Vital statistics of India. Vol. IV, Annual returns from 1871 to 1876. British Army of India, Native Army and jails of Bengal
Year: 1871
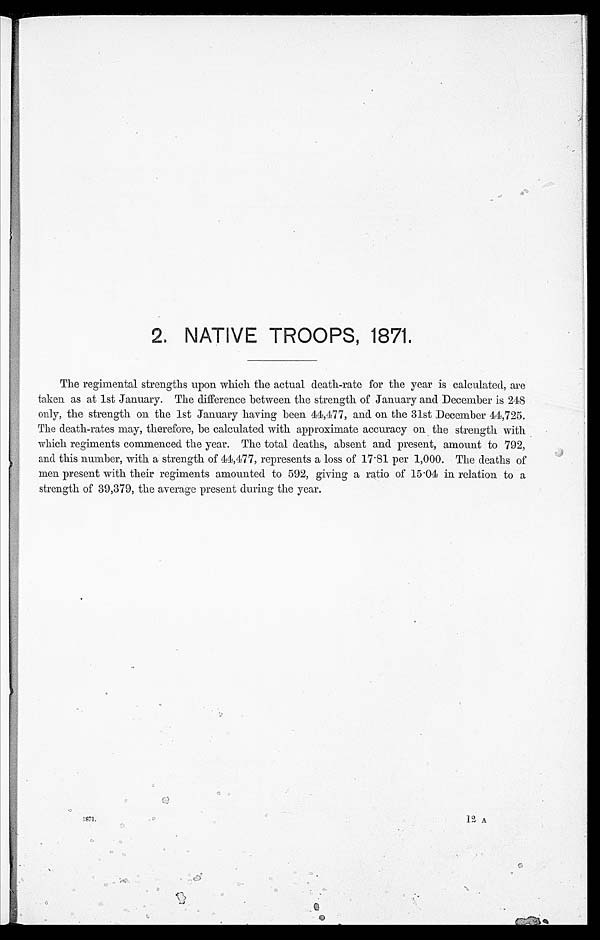
2. NATIVE TROOPS, 1871.
The regimental strengths upon which the actual death-rate for the year is calculated, are
taken as at 1st January. The difference between the strength of January and December is 248
only, the strength on the 1st January having been 44,477, and on the 31st December 44,725.
The death-rates may, therefore, be calculated with approximate accuracy on the strength with
which regiments commenced the year. The total deaths, absent and present, amount to 792,
and this number, with a strength of 44,477, represents a loss of 17.81 per 1,000. The deaths of
men present with their regiments amounted to 592, giving a ratio of 15.04 in relation to a
strength of 39,379, the average present during the year.